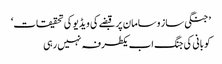
’جنگی ساز و سامان پر قبضے کی ویڈیو کی تحقیقات‘
کوبانی کی جنگ اب یکطرفہ نہیں رہی